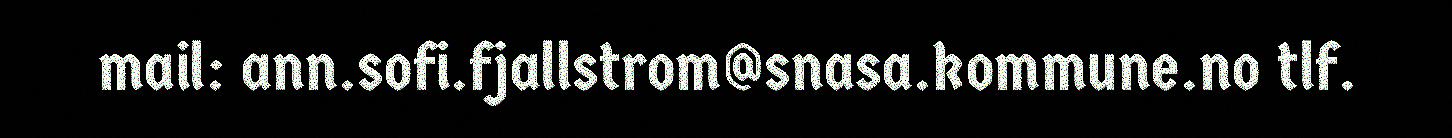
mail: ann.sofi.fjallstrom@snasa.kommune.no tlf.